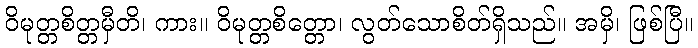
ဝိမုတ္တစိတ္တမှီတိ၊ ကား။ ဝိမုတ္တစိတ္တော၊ လွတ်သောစိတ်ရှိသည်။ အမှိ၊ ဖြစ်ပြီ။